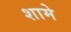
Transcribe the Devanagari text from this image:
शामे